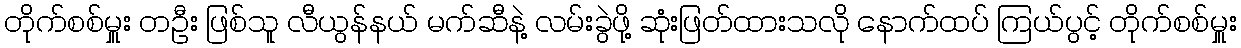
တိုက်စစ်မှူး တဦး ဖြစ်သူ လီယွန်နယ် မက်ဆီနဲ့ လမ်းခွဲဖို့ ဆုံးဖြတ်ထားသလို နောက်ထပ် ကြယ်ပွင့် တိုက်စစ်မှူး